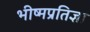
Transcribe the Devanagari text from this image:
भीष्मप्रतिज्ञा